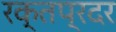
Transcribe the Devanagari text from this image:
रक्तप्रदर